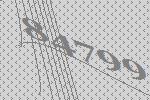
84799